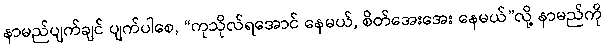
နာမည်ပျက်ချင် ပျက်ပါစေ, “ကုသိုလ်ရအောင် နေမယ်, စိတ်အေးအေး နေမယ်”လို့ နာမည်ကို